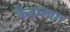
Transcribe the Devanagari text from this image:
कैटालाग